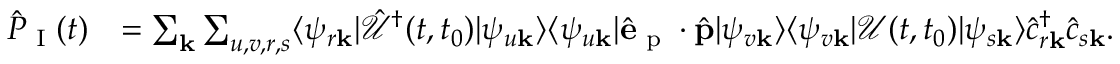
\begin{array} { r l } { \hat { P } _ { \textrm { I } } ( t ) } & { = \sum _ { \mathbf { k } } \sum _ { u , v , r , s } \langle \psi _ { r \mathbf { k } } | \mathcal { \hat { U } } ^ { \dagger } ( t , t _ { 0 } ) | \psi _ { u \mathbf { k } } \rangle \langle \psi _ { u \mathbf { k } } | \hat { \mathbf { e } } _ { \textrm { p } } \cdot \hat { \mathbf { p } } | \psi _ { v \mathbf { k } } \rangle \langle \psi _ { v \mathbf { k } } | \mathcal { U } ( t , t _ { 0 } ) | \psi _ { s \mathbf { k } } \rangle \hat { c } _ { r \mathbf { k } } ^ { \dagger } \hat { c } _ { s \mathbf { k } } . } \end{array}